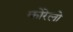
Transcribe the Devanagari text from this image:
कोरेलो